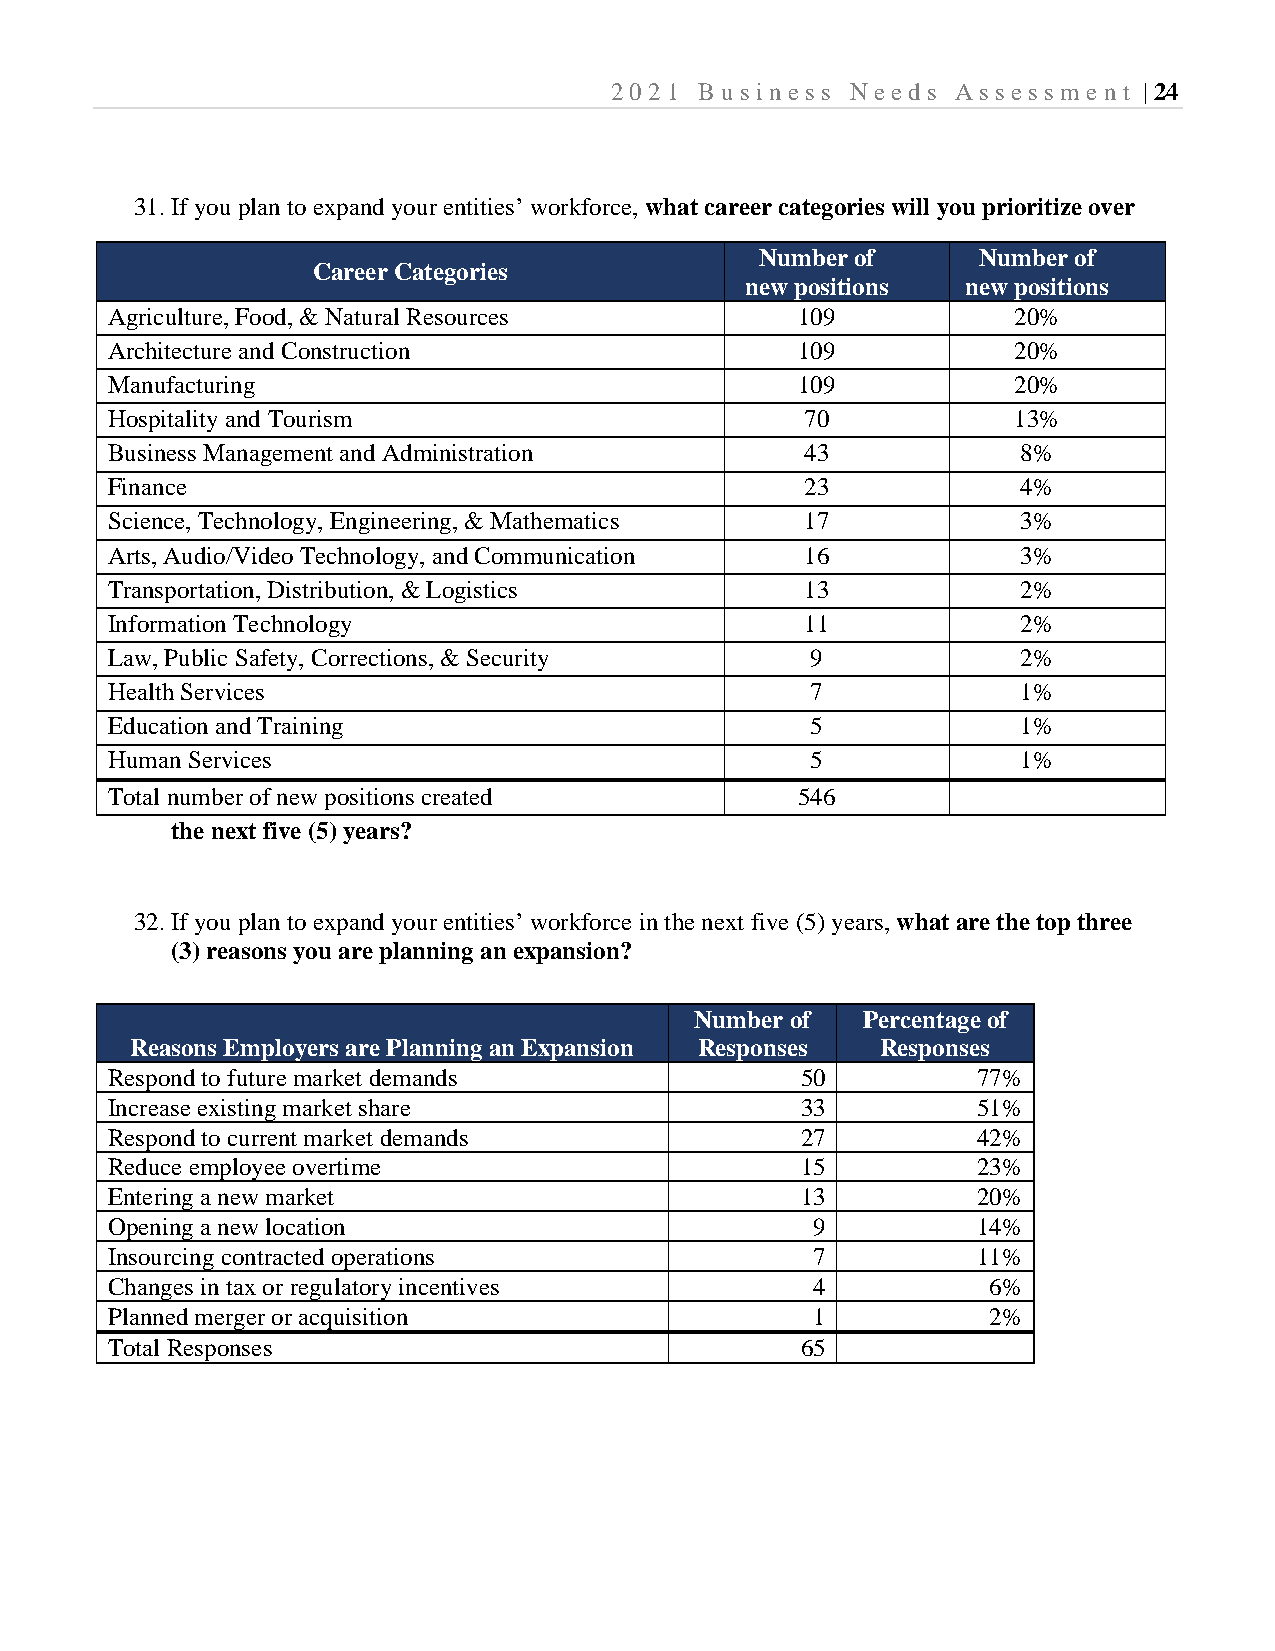
2021  B usi ness Needs Assessm  e nt | 24
 31. If you plan to expand your entities’ workforce, what career categories will you prioritize over
 Number of      Number of
 Career Categories
 new positions  new positions
 Agriculture, Food, & Natural Resources        109           20%
 Architecture and Construction                 109           20%
 Manufacturing                                 109           20%
 Hospitality and Tourism                       70            13%
 Business Management and Administration        43             8%
 Finance                                       23             4%
 Science, Technology, Engineering, & Mathematics 17           3%
 Arts, Audio/Video Technology, and Communication 16           3%
 Transportation, Distribution, & Logistics     13             2%
 Information Technology                        11             2%
 Law, Public Safety, Corrections, & Security    9             2%
 Health Services                                7             1%
 Education and Training                         5             1%
 Human Services                                 5             1%
 Total number of new positions created         546
 the next five (5) years?
 32. If you plan to expand your entities’ workforce in the next five (5) years, what are the top three
 (3) reasons you are planning an expansion?
 Number of  Percentage of
 Reasons Employers are Planning an Expansion Responses Responses
 Respond to future market demands              50          77%
 Increase existing market share                33          51%
 Respond to current market demands             27          42%
 Reduce employee overtime                      15          23%
 Entering a new market                         13          20%
 Opening a new location                         9          14%
 Insourcing contracted operations               7          11%
 Changes in tax or regulatory incentives        4          6%
 Planned merger or acquisition                  1          2%
 Total Responses                               65